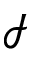
\mathcal { I }